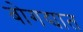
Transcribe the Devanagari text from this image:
बोगद्यात